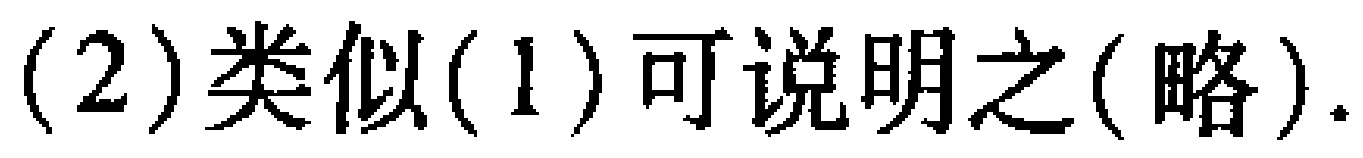
(2)类似(1)可说明之(略).